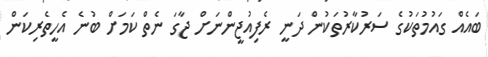
ބައެއް ގައުމުތަކުގެ ސަރުކާރުތަކުން ދަނީ ރެފިއުޖީންނަށް ޖާގަ ނެތް ކަމަށް ބުނެ އެހީތެރިކަން